Report on the bubonic plague in Bombay, 1896-1897
Year: 1896
Disease focus: Plague
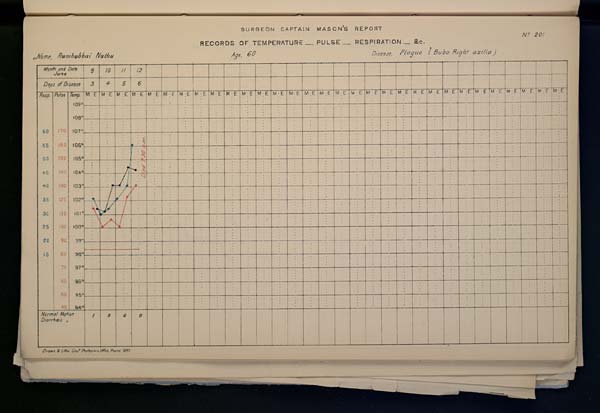
SURGEON
CAPTAIN
MASON'S
REPORT
NO 201
RECORDS OF TEMPERATURE __ PULSE __ RESPIRATION __ &c.
Name,
Ramhabbai
Nathu
Age,
60
Disease,
Plague
(Bubo
Right
groin
)
Drawn & Litho: Govt. Photozinco: Office, Poona 1897.